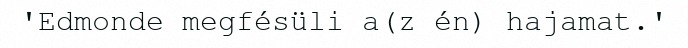
'Edmonde megfésüli a(z én) hajamat.'